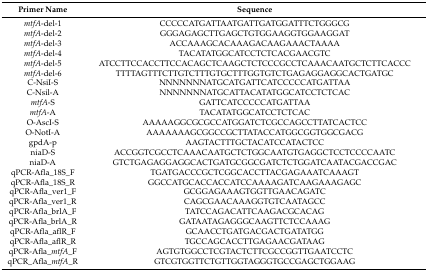
<table><thead><tr><td><b>Primer Name</b></td><td><b>Sequence</b></td></tr></thead><tbody><tr><td><i>mtfA</i>-del-1</td><td>CCCCCATGATTAATGATTGATGGATTTCTGGGCG</td></tr><tr><td><i>mtfA</i>-del-2</td><td>GGGAGAGCTTGAGCTGTGGAAGGTGGAAGGAT</td></tr><tr><td><i>mtfA</i>-del-3</td><td>ACCAAAGCACAAAGACAAGAAACTAAAA</td></tr><tr><td><i>mtfA</i>-del-4</td><td>TACATATGGCATCCTCTCACGAACGTC</td></tr><tr><td><i>mtfA</i>-del-5</td><td>ATCCTTCCACCTTCCACAGCTCAAGCTCTCCCGCCTCAAACAATGCTCTTCACCC</td></tr><tr><td><i>mtfA</i>-del-6</td><td>TTTTAGTTTCTTGTCTTTGTGCTTTGGTGTCTGAGAGGAGGCACTGATGC</td></tr><tr><td>C-NsiI-S</td><td>NNNNNNNATGCATGATTCATCCCCCATGATTAA</td></tr><tr><td>C-Nsil-A</td><td>NNNNNNNATGCATTACATATGGCATCCTCTCAC</td></tr><tr><td><i>mtfA</i>-S</td><td>GATTCATCCCCCATGATTAA</td></tr><tr><td><i>mtfA</i>-A</td><td>TACATATGGCATCCTCTCAC</td></tr><tr><td>O-AscI-S</td><td>AAAAAGGCGCGCCATGGATCTCGCCAGCCTTATCACTCC</td></tr><tr><td>O-NotI-A</td><td>AAAAAAAGCGGCCGCTTATACCATGGCGGTGGCGACG</td></tr><tr><td>gpdA-p</td><td>AAGTACTTTGCTACATCCATACTCC</td></tr><tr><td>niaD-S</td><td>ACCGGTCGCCTCAAACAATGCTCTGGCAATGTGAGGCTCCTCCCCAATC</td></tr><tr><td>niaD-A</td><td>GTCTGAGAGGAGGCACTGATGCGGCGATCTCTGGATCAATACGACCGAC</td></tr><tr><td>qPCR-Afla_18S_F</td><td>TGATGACCCGCTCGGCACCTTACGAGAAATCAAAGT</td></tr><tr><td>qPCR-Afla_18S_R</td><td>GGCCATGCACCACCATCCAAAAGATCAAGAAAGAGC</td></tr><tr><td>qPCR-Afla_ver1_F</td><td>GCGGAGAAAGTGGTTGAACAGATC</td></tr><tr><td>qPCR-Afla_ver1_R</td><td>CAGCGAACAAAGGTGTCAATAGCC</td></tr><tr><td>qPCR-Afla_brlA_F</td><td>TATCCAGACATTCAAGACGCACAG</td></tr><tr><td>qPCR-Afla_brlA_R</td><td>GATAATAGAGGGCAAGTTCTCCAAAG</td></tr><tr><td>qPCR-Afla_aflR_F</td><td>GCAACCTGATGACGACTGATATGG</td></tr><tr><td>qPCR-Afla_aflR_R</td><td>TGCCAGCACCTTGAGAACGATAAG</td></tr><tr><td>qPCR-Afla_<i>mtfA</i>_F</td><td>AGTGTGGCCTCGTACTCTTCGCCGGTTGAATCCTC</td></tr><tr><td>qPCR_Afla_<i>mtfA</i>_R</td><td>GTCGTGGTTCTGTTGGTAGGGTGCCGAGCTGGAAG</td></tr></tbody></table>